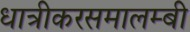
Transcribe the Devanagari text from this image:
धात्रीकरसमालम्बी